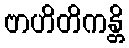
ဗာဟိတိကန္တိ